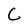
Character: C